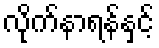
လိုက်နာရန်နှင့်